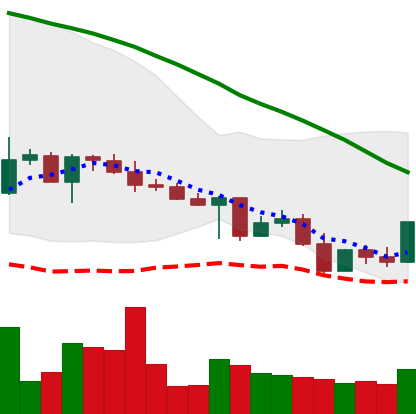
Ticker: XLM-USD
Chart end date: 2022-05-04
Forward return: -22.537%
Label: down_7plus